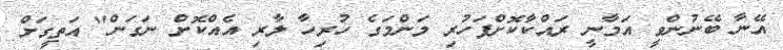
އޭނާ ބޭނުންވީ އަމާނީ ރައްކާކޮށްފަހުރި މަންމަގެ ހުރިހާ ލާރި އެއްކޮށް ނަގަން" އަތީގަށް